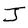
Character: J